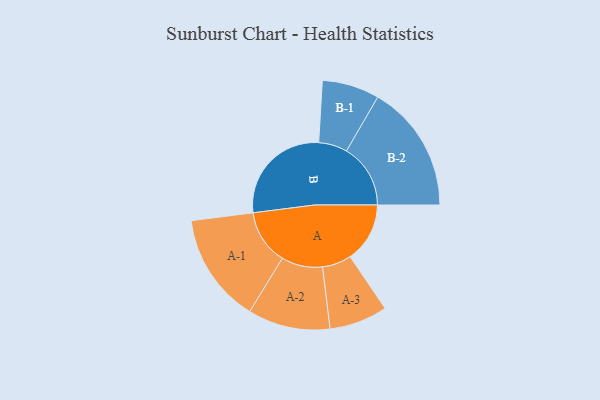
{"axis": {"x": "Segment", "y": "Value"}, "legend": ["", "A", "B"], "data": [{"x": "A", "y": 248, "type": ""}, {"x": "B", "y": 447, "type": ""}, {"x": "A-1", "y": 228, "type": "A"}, {"x": "A-2", "y": 171, "type": "A"}, {"x": "A-3", "y": 121, "type": "A"}, {"x": "B-1", "y": 119, "type": "B"}, {"x": "B-2", "y": 266, "type": "B"}]}